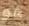
هو